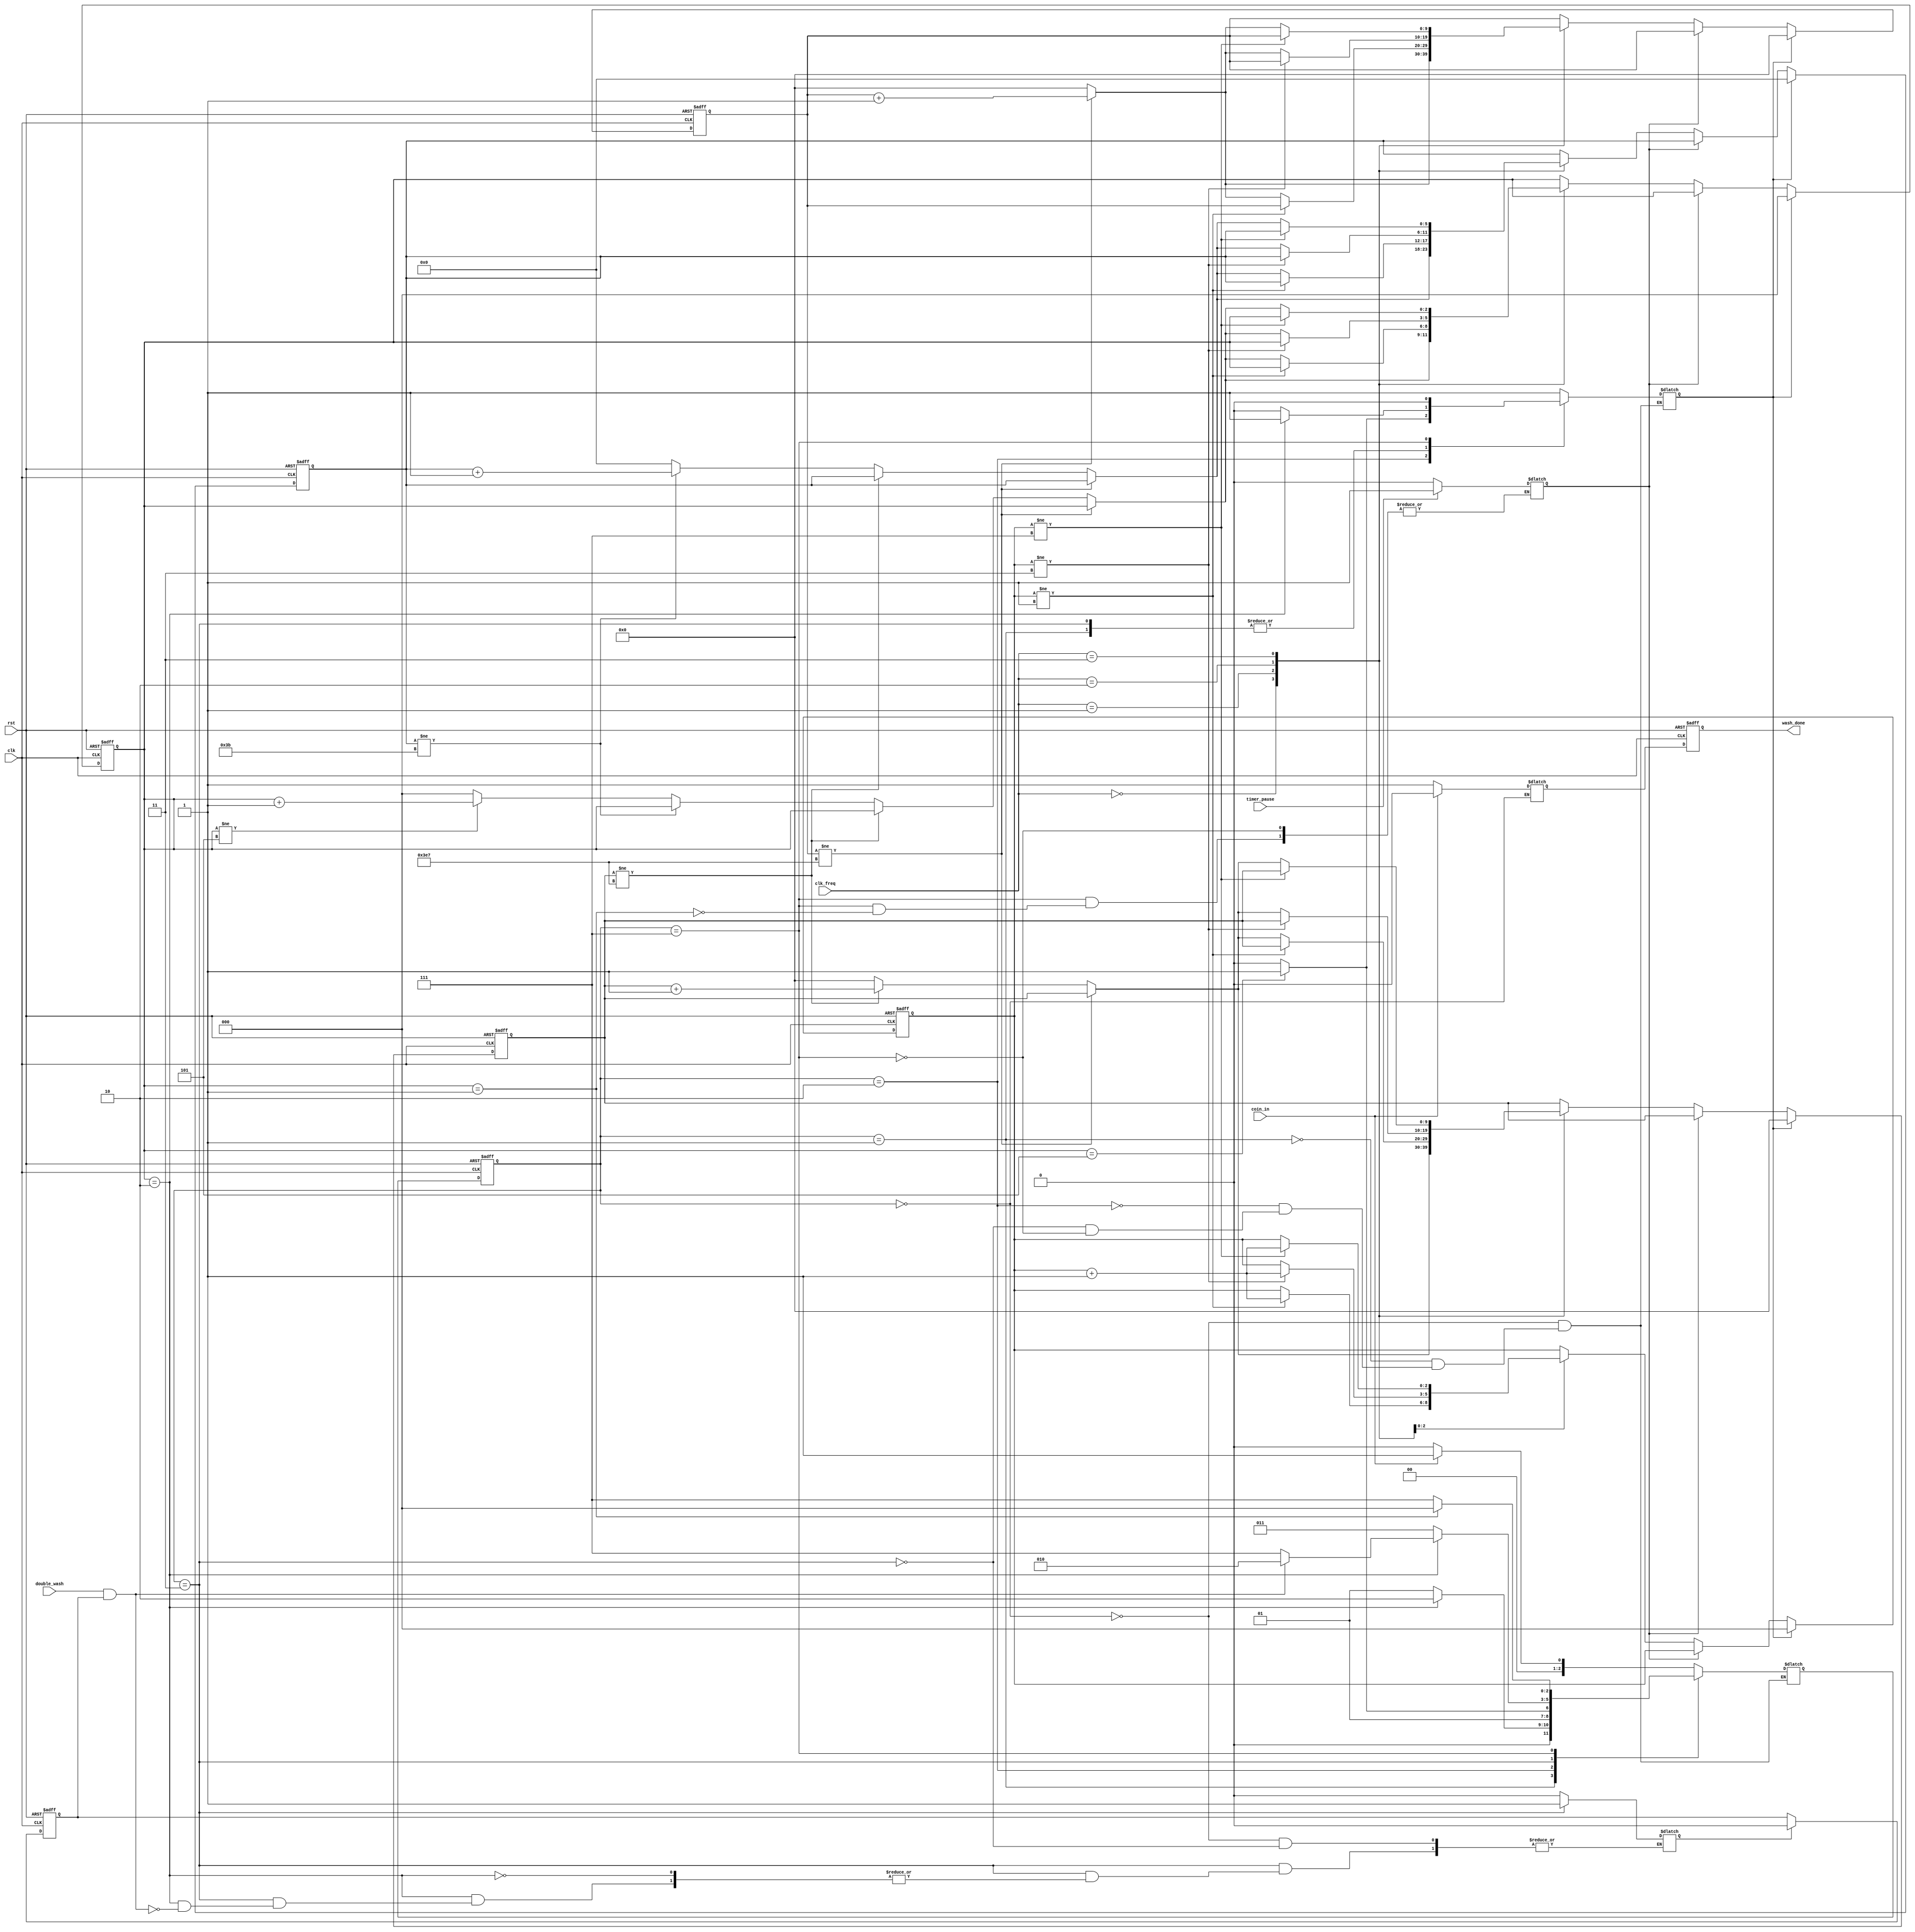
module WashingMachie_controller (
    input wire       clk,
    input wire       rst,
    input wire [1:0] clk_freq,
    input wire       coin_in,
    input wire       double_wash,
    input wire       timer_pause,
    output reg       wash_done
);

//////////state encoding///////////   
localparam  idle=3'b0,//idle
            filling_water=3'b1,//
            washing=3'b10,//
            rinsing=3'b11,//
            spining=3'b111;//

/////////internal connections/////////
reg [2:0]  state,next_state;
reg        wash_done_reg;
reg        startover;
reg        firstwash;
reg        firstdone;
reg        timer_wait;
reg [2:0]  timer;
reg [2:0]  cycle_count;//to even out the difference between the four clk configuration
reg [9:0]  u_sec;//count from 0 to 999 for 1 mili sec
reg [9:0]  m_sec;//count from 0 to 999 for 1 sec
reg [5:0]  sec;//count from 0 to 59 for 1 min

////////timer/////////
always @(posedge clk or negedge rst) 
    begin
        if (!rst) 
            begin
                timer<=3'b0;
                u_sec<=10'b0;
                m_sec<=10'b0;
                sec<=6'b0;
                cycle_count<=3'b0;
            end
        else if (startover) 
            begin
                timer<=3'b0;
                u_sec<=10'b0;
                m_sec<=10'b0;
                sec<=6'b0;
                cycle_count<=3'b0;
            end
        else if (!timer_wait)
            begin
                case (clk_freq)
                    2'b0:
                        begin
                            if (u_sec!=10'd999) 
                                begin
                                    u_sec<=u_sec+10'b1;
                                end
                            else
                                begin
                                    if (m_sec!=10'd999) 
                                        begin
                                            m_sec<=m_sec+10'b1;
                                        end
                                    else
                                        begin
                                            if (sec!=6'd59) 
                                                begin
                                                    sec<=sec+6'b1;
                                                end
                                            else
                                                begin
                                                    if (timer!=3'd5) 
                                                        begin
                                                            timer<=timer+3'b1;
                                                        end
                                                    else
                                                        begin
                                                            timer<=3'b0;
                                                        end
                                                    sec<=6'b0;
                                                end
                                            m_sec<=10'b0;
                                        end
                                    u_sec<=10'b0;
                                end
                        end
                    2'b1:
                        begin
                            if (cycle_count!=3'd1)
                                begin
                                    cycle_count<=cycle_count+3'b1;
                                end
                            else
                                begin
                                    if (u_sec!=10'd999) 
                                        begin
                                            u_sec<=u_sec+10'b1;
                                        end
                                    else
                                        begin
                                            if (m_sec!=10'd999) 
                                                begin
                                                    m_sec<=m_sec+10'b1;
                                                end
                                            else
                                                begin
                                                    if (sec!=6'd59) 
                                                        begin
                                                            sec<=sec+6'b1;
                                                        end
                                                    else
                                                        begin
                                                            if (timer!=3'd5) 
                                                                begin
                                                                    timer<=timer+3'b1;
                                                                end
                                                            else
                                                                begin
                                                                    timer<=3'b0;
                                                                end
                                                            sec<=6'b0;
                                                        end
                                                    m_sec<=10'b0;
                                                end
                                            u_sec<=10'b0;
                                        end
                                end
                        end

                    2'b10:
                        begin
                            if (cycle_count!=3'd3)
                                begin
                                    cycle_count<=cycle_count+3'b1;
                                end
                            else
                                begin
                                    if (u_sec!=10'd999) 
                                        begin
                                            u_sec<=u_sec+10'b1;
                                        end
                                    else
                                        begin
                                            if (m_sec!=10'd999) 
                                                begin
                                                    m_sec<=m_sec+10'b1;
                                                end
                                            else
                                                begin
                                                    if (sec!=6'd59) 
                                                        begin
                                                            sec<=sec+6'b1;
                                                        end
                                                    else
                                                        begin
                                                            if (timer!=3'd5) 
                                                                begin
                                                                    timer<=timer+3'b1;
                                                                end
                                                            else
                                                                begin
                                                                    timer<=3'b0;
                                                                end
                                                            sec<=6'b0;
                                                        end
                                                    m_sec<=10'b0;
                                                end
                                            u_sec<=10'b0;
                                        end
                                end
                        end
                    2'b11: 
                        begin
                            if (cycle_count!=3'd7)
                                begin
                                    cycle_count<=cycle_count+3'b1;
                                end
                            else
                                begin
                                    if (u_sec!=10'd999) 
                                        begin
                                            u_sec<=u_sec+10'b1;
                                        end
                                    else
                                        begin
                                            if (m_sec!=10'd999) 
                                                begin
                                                    m_sec<=m_sec+10'b1;
                                                end
                                            else
                                                begin
                                                    if (sec!=6'd59) 
                                                        begin
                                                            sec<=sec+6'b1;
                                                        end
                                                    else
                                                        begin
                                                            if (timer!=3'd5) 
                                                                begin
                                                                    timer<=timer+3'b1;
                                                                end
                                                            else
                                                                begin
                                                                    timer<=3'b0;
                                                                end
                                                            sec<=6'b0;
                                                        end
                                                    m_sec<=10'b0;
                                                end
                                            u_sec<=10'b0;
                                        end
                                end
                        end
                endcase                
            end
    end

/////////double wash countr/////////
always @(posedge clk or negedge rst) 
    begin
        if (!rst) 
            begin
                firstwash<=1'b1;
            end
        else
            begin
                if (firstdone) 
                    begin
                        firstwash<=1'b0;    
                    end                
            end
    end



always @(posedge clk or negedge rst) 
    begin
        if (!rst) 
            begin
                wash_done<=1'b1;
            end
        else
            begin
                wash_done<=wash_done_reg;                
            end
    end


always @(posedge clk or negedge rst) 
    begin
        if (!rst) 
            begin
                state<=idle;
            end
        else
            begin
                state<=next_state;                
            end
    end

always @(*) 
    begin
        case (state)
            idle:
                begin
                    wash_done_reg=1'b1;
                    startover=1'b1;
                    firstdone=1'b0;
                    if (coin_in) 
                        begin
                            next_state=filling_water;
                            wash_done_reg=1'b0;
                        end
                    else
                        begin
                            next_state=idle;
                        end
                end
            filling_water:
                begin
                    startover=1'b0;
                    if (timer==3'd2) 
                        begin
                            next_state=washing;
                            startover=1'b1;    
                        end
                    else
                        begin
                            next_state=filling_water;
                        end
                end
            washing:
                begin
                    startover=1'b0;
                    if (timer==3'd5) 
                        begin
                            next_state=rinsing;
                            startover=1'b1;    
                        end
                    else
                        begin
                            next_state=washing;
                        end
                end
            rinsing:
                begin
                    startover=1'b0;
                    if (timer==3'd2) 
                        begin
                            if (double_wash==1'b1 && firstwash==1'b1) 
                                begin
                                    next_state=washing;
                                    firstdone=1'b1;
                                    startover=1'b1; 
                                end
                            else
                                begin
                                    next_state=spining;
                                    startover=1'b1;
                                end 
                        end
                    else
                        begin
                            next_state=rinsing;
                        end
                end
            spining:
                begin
                    startover=1'b0;
                    if (timer==3'd1) 
                        begin
                            if (timer_pause==1'b1) 
                                begin
                                    timer_wait=1'b1;   
                                end
                            else
                                begin
                                    timer_wait=1'b0;
                                end
                            next_state=idle;
                        end
                    else
                        begin
                            next_state=spining;
                        end
                end
        endcase
    end

endmodule